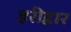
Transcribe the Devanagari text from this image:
हरीद्वार